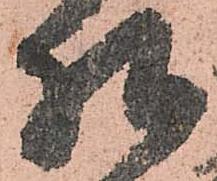
札